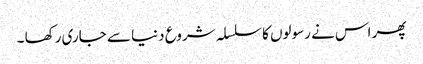
پھر اس نے رسولوں کا سلسلہ شروع دنیا سے جاری رکھا ۔